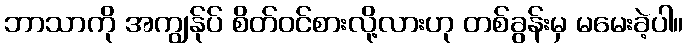
ဘာသာကို အကျွန်ုပ် စိတ်ဝင်စားလို့လားဟု တစ်ခွန်းမှ မမေးခဲ့ပါ။